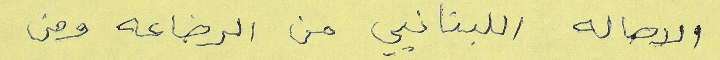
الاصاله اللبنانيي من الرضاعه ومن